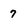
Character: 7